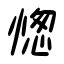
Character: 愡